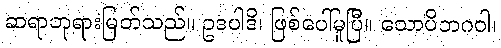
ဆရာဘုရားမြတ်သည်။ ဥဒပါဒိ၊ ဖြစ်ပေါ်မူပြီ။ သောပိဘဂဝါ၊